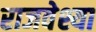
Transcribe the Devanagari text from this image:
राजवेश्या